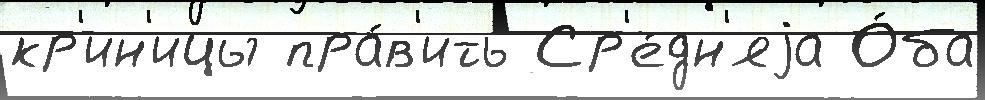
кр'ин'ицы пра́в'ить Ср'е́дн'яjа О́ба